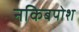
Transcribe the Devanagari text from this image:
नकिबपोश